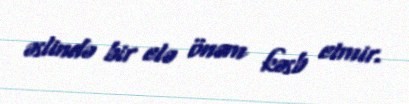
əslində bir elə önəm kəsb etmir.